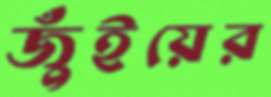
জুঁইয়ের